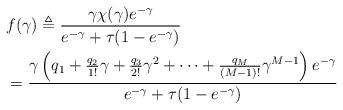
LaTeX: \begin{align*}&f(\gamma) \triangleq \frac{\gamma \chi(\gamma) e^{- \gamma}}{e^{-\gamma}+\tau(1-e^{-\gamma})} \\&= \frac{\gamma \left( q_1 + \frac{q_2}{1!} \gamma + \frac{q_3}{2!} \gamma^2 + \cdots + \frac{q_M}{(M-1)!}\gamma^{M-1}\right) e^{- \gamma}}{e^{-\gamma}+\tau(1-e^{-\gamma})}\end{align*}